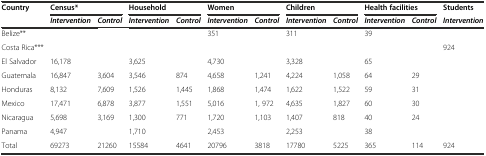
<table><thead><tr><td rowspan="2"><b>Country</b></td><td colspan="2"><b>Census*</b></td><td colspan="2"><b>Household</b></td><td colspan="2"><b>Women</b></td><td colspan="2"><b>Children</b></td><td colspan="2"><b>Health facilities</b></td><td><b>Students</b></td></tr><tr><td><b><i>Intervention</i></b></td><td><b><i>Control</i></b></td><td><b><i>Intervention</i></b></td><td><b><i>Control</i></b></td><td><b><i>Intervention</i></b></td><td><b><i>Control</i></b></td><td><b><i>Intervention</i></b></td><td><b><i>Control</i></b></td><td><b><i>Intervention</i></b></td><td><b><i>Control</i></b></td><td><b><i>Intervention</i></b></td></tr></thead><tbody><tr><td>Belize**</td><td></td><td></td><td></td><td></td><td>351</td><td></td><td>311</td><td></td><td>39</td><td></td><td></td></tr><tr><td>Costa Rica***</td><td></td><td></td><td></td><td></td><td></td><td></td><td></td><td></td><td></td><td></td><td>924</td></tr><tr><td>El Salvador</td><td>16,178</td><td></td><td>3,625</td><td></td><td>4,730</td><td></td><td>3,328</td><td></td><td>65</td><td></td><td></td></tr><tr><td>Guatemala</td><td>16,847</td><td>3,604</td><td>3,546</td><td>874</td><td>4,658</td><td>1,241</td><td>4,224</td><td>1,058</td><td>64</td><td>29</td><td></td></tr><tr><td>Honduras</td><td>8,132</td><td>7,609</td><td>1,526</td><td>1,445</td><td>1,868</td><td>1,474</td><td>1,622</td><td>1,522</td><td>59</td><td>31</td><td></td></tr><tr><td>Mexico</td><td>17,471</td><td>6,878</td><td>3,877</td><td>1,551</td><td>5,016</td><td>1, 972</td><td>4,635</td><td>1,827</td><td>60</td><td>30</td><td></td></tr><tr><td>Nicaragua</td><td>5,698</td><td>3,169</td><td>1,300</td><td>771</td><td>1,720</td><td>1,103</td><td>1,407</td><td>818</td><td>40</td><td>24</td><td></td></tr><tr><td>Panama</td><td>4,947</td><td></td><td>1,710</td><td></td><td>2,453</td><td></td><td>2,253</td><td></td><td>38</td><td></td><td></td></tr><tr><td>Total</td><td>69273</td><td>21260</td><td>15584</td><td>4641</td><td>20796</td><td>3818</td><td>17780</td><td>5225</td><td>365</td><td>114</td><td>924</td></tr></tbody></table>